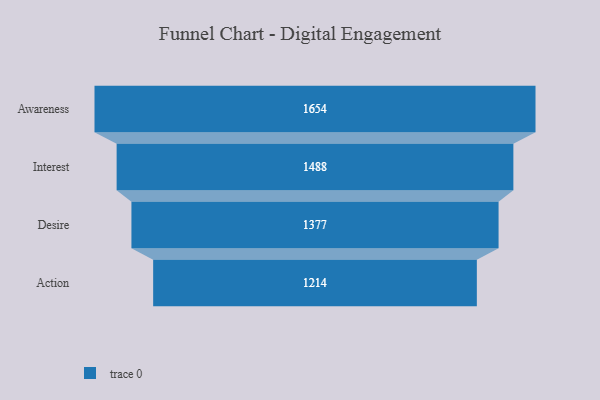
{"axis": {"x": "Stage", "y": "Value"}, "legend": [""], "data": [{"x": "Awareness", "y": 1654.0, "type": ""}, {"x": "Interest", "y": 1488.0, "type": ""}, {"x": "Desire", "y": 1377.0, "type": ""}, {"x": "Action", "y": 1214.0, "type": ""}]}